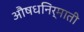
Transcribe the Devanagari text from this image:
औषधनिर्माती